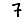
Digit: 7